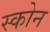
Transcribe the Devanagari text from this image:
स्कोन